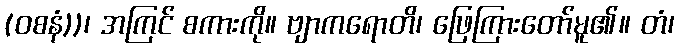
(ဝစနံ))၊ အကြင် စကားကို။ ဗျာကရောတိ၊ ဖြေကြားတော်မူ၏။ တံ၊